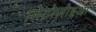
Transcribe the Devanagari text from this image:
प्रोटोज़ोइआ